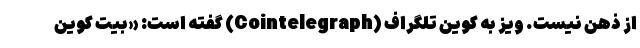
از ذهن نیست. ویز به کوین تلگراف (Cointelegraph) گفته است: «بیت کوین